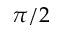
\pi / 2